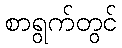
စာရွက်တွင်